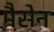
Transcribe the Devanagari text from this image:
मैसेन